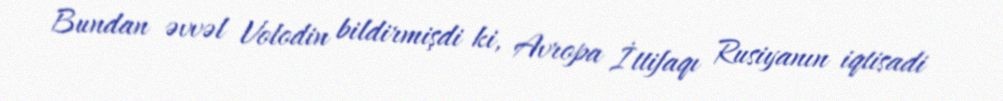
Bundan əvvəl Volodin bildirmişdi ki, Avropa İttifaqı Rusiyanın iqtisadi